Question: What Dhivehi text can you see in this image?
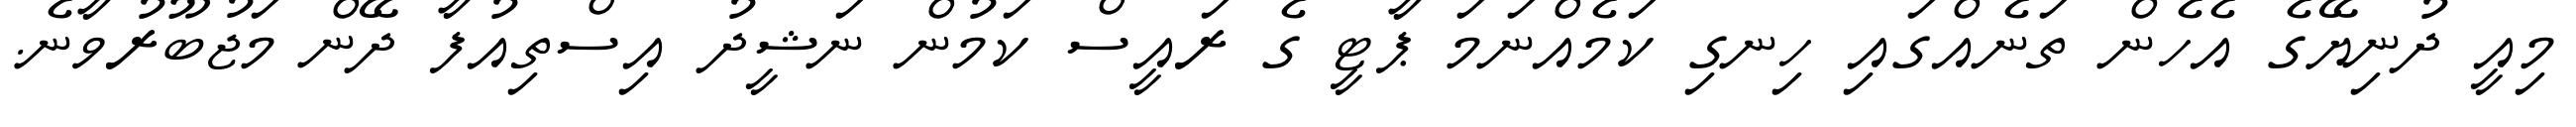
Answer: މިއީ ދުނިޔޭގެ އެހެން ތަނެއްގައި ހިނގި ކަމެއްނަމަ ޕާޓީ ގެ ރައީސް ކަމުން ނަޝީދު އިސްތިއުފާ ދޭން މަޖުބޫރުވާނެ.